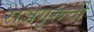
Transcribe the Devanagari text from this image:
राजगुरूंची